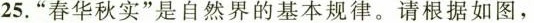
25.”春华秋实”是自然界的基本规律。请根据如图，